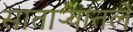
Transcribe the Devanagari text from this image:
साताऱ्यातले